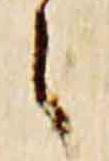
之